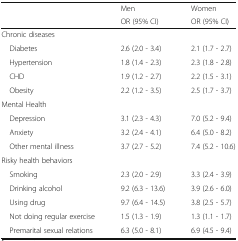
|  | Men | Women |
 |  | OR (95% CI) | OR (95% CI) |
 | --- | --- | --- |
 | <COLSPAN=3> Chronic diseases |
 | Diabetes | 2.6 (2.0 - 3.4) | 2.1 (1.7 - 2.7) |
 | Hypertension | 1.8 (1.4 - 2.3) | 2.3 (1.8 - 2.8) |
 | CHD | 1.9 (1.2 - 2.7) | 2.2 (1.5 - 3.1) |
 | Obesity | 2.2 (1.2 - 3.5) | 2.5 (1.7 - 3.7) |
 | <COLSPAN=3> Mental Health |
 | Depression | 3.1 (2.3 - 4.3) | 7.0 (5.2 - 9.4) |
 | Anxiety | 3.2 (2.4 - 4.1) | 6.4 (5.0 - 8.2) |
 | Other mental illness | 3.7 (2.7 - 5.2) | 7.4 (5.2 - 10.6) |
 | <COLSPAN=3> Risky health behaviors |
 | Smoking | 2.3 (2.0 - 2.9) | 3.3 (2.4 - 3.9) |
 | Drinking alcohol | 9.2 (6.3 - 13.6) | 3.9 (2.6 - 6.0) |
 | Using drug | 9.7 (6.4 - 14.5) | 3.8 (2.5 - 5.7) |
 | Not doing regular exercise | 1.5 (1.3 - 1.9) | 1.3 (1.1 - 1.7) |
 | Premarital sexual relations | 6.3 (5.0 - 8.1) | 6.9 (4.5 - 9.4) |